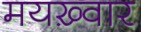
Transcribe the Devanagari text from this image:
मयख़्वार